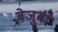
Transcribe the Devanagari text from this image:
बेजुबां